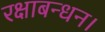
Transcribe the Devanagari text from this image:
रक्षाबन्धन।